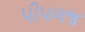
પીપળજ